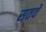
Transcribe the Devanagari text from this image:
सतवें